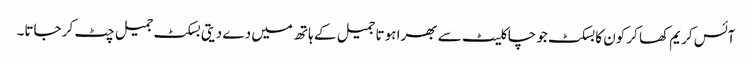
آئس کریم کھا کر کون کا بسکٹ جو چاکلیٹ سے بھرا ہوتا جمیل کے ہاتھ میں دے دیتی بسکٹ جمیل چٹ کر جاتا۔